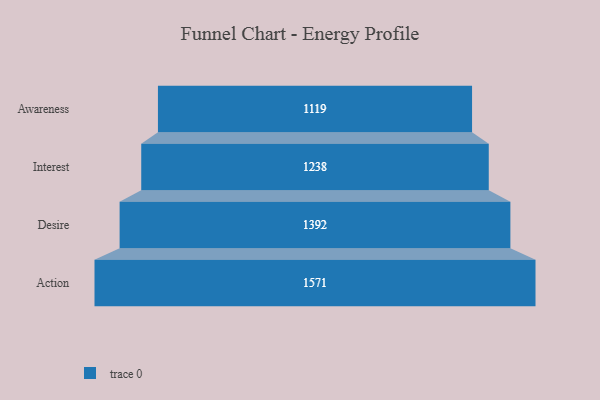
{"axis": {"x": "Stage", "y": "Value"}, "legend": [""], "data": [{"x": "Awareness", "y": 1119.0, "type": ""}, {"x": "Interest", "y": 1238.0, "type": ""}, {"x": "Desire", "y": 1392.0, "type": ""}, {"x": "Action", "y": 1571.0, "type": ""}]}